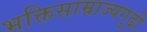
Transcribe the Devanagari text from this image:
भक्तिसाम्राज्यगुढी